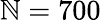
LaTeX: \mathbb{N}=700